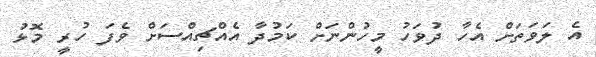
އެ ލަވަތަށް އެހާ ދުވަހު މީހުންނަށް ކަމުދާ އެއްޗިއްސަށް ވެފަ ހުރީ މޮޅު